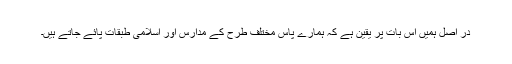
در اصل ہمیں اس بات پر یقین ہے کہ ہمارے پاس مختلف طرح کے مدارس اور اسلامى طبقات پائے جاتے ہیں۔